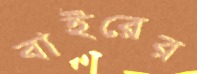
বাইরের